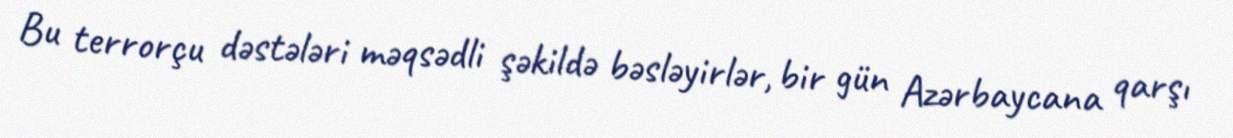
Bu terrorçu dəstələri məqsədli şəkildə bəsləyirlər, bir gün Azərbaycana qarşı